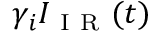
\gamma _ { i } I _ { \mathrm { ~ I ~ R ~ } } ( t )